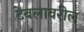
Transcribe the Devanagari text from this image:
टेबलावरील